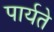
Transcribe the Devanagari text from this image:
पार्यते